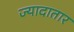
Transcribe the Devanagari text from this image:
ज्‍यादातार